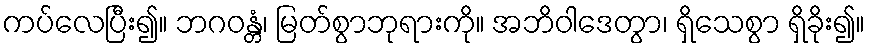
ကပ်လေပြီး၍။ ဘဂဝန္တံ၊ မြတ်စွာဘုရားကို။ အဘိဝါဒေတွာ၊ ရှိသေစွာ ရှိခိုး၍။